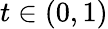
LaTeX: t\in\left(0,1\right)